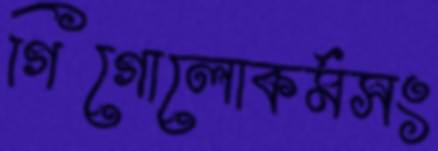
গিগোলোকর্মসং